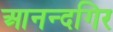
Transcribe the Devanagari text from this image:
आनन्दगिर